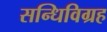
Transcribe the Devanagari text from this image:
सन्धिविग्रह